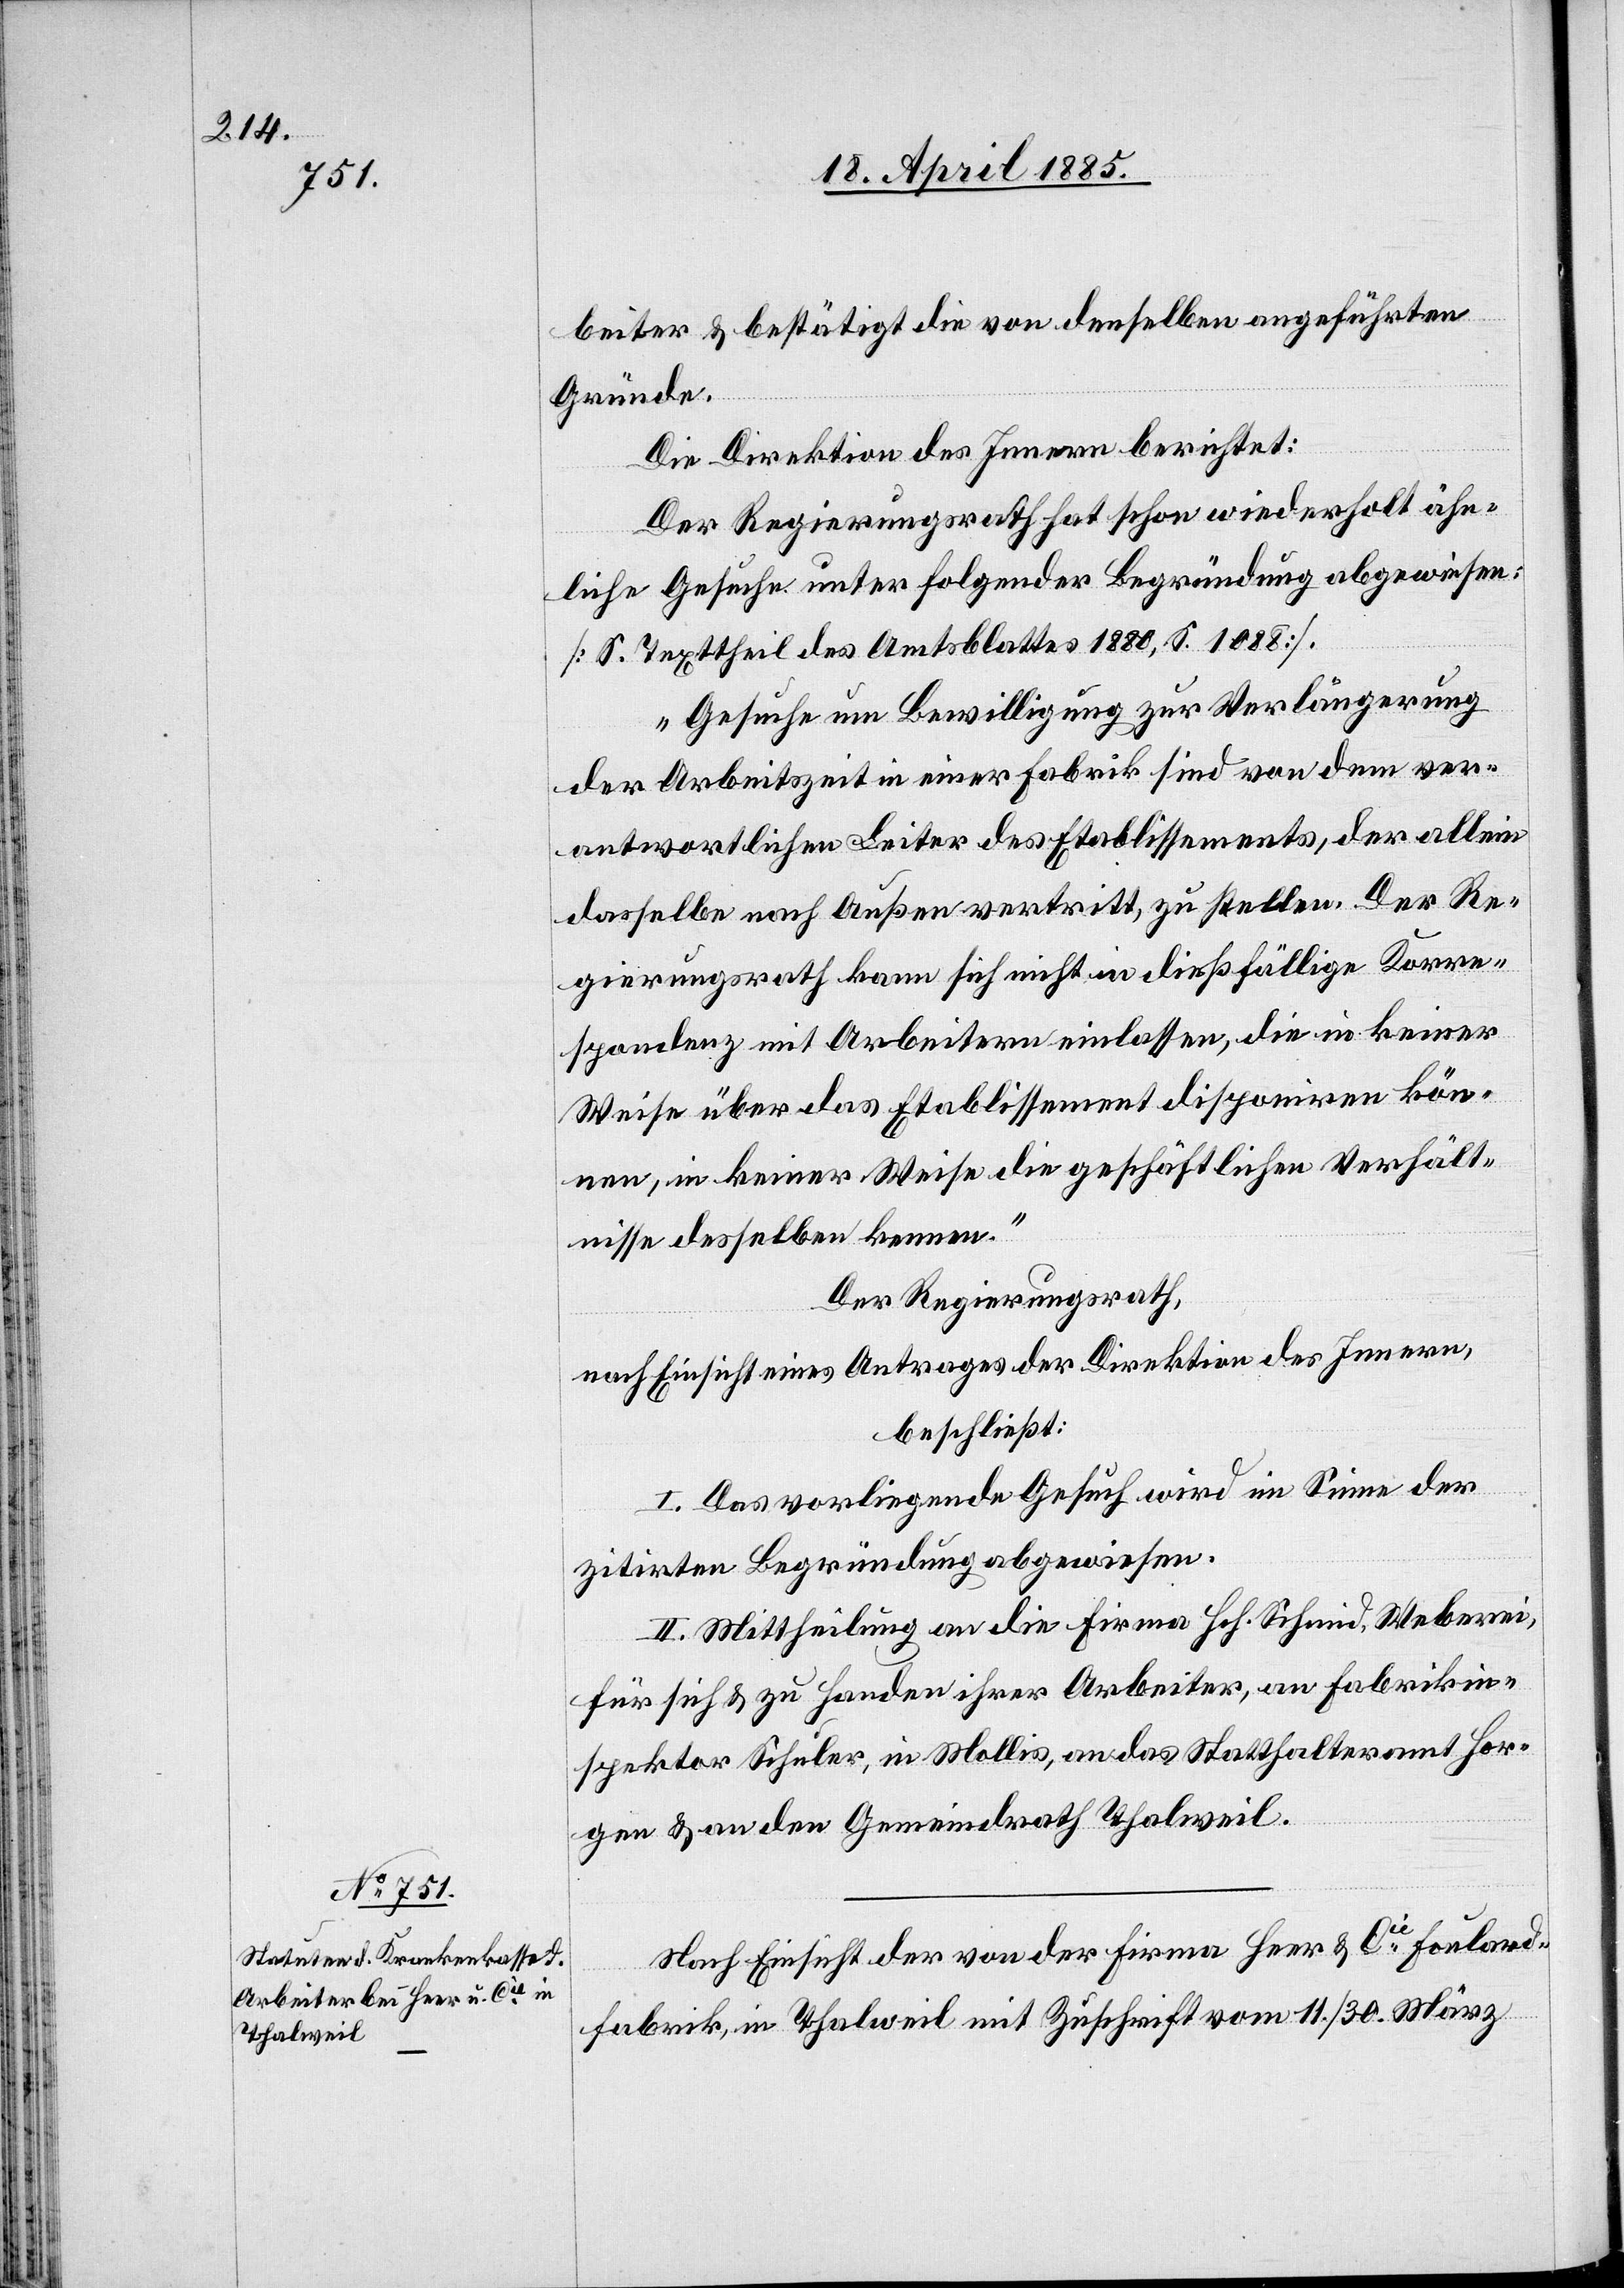
beiter & bestätigt die von denselben angeführten
Gründe.
Die Direktion des Innern berichtet:
Der Regierungsrath hat schon wiederholt ähn¬
liche Gesuche unter folgender Begründung abgewiesen:
[S. Texttheil des Amtsblattes 1880, S. 1088].
„Gesuche um Bewilligung zur Verlängerung
der Arbeitszeit in einer Fabrik sind von dem ver¬
antwortlichen Leiter des Etablissements, der allein
dasselbe nach Außen vertritt, zu stellen. Der Re¬
gierungsrath kann sich nicht in dießfällige Korre¬
spondenz mit Arbeitern einlassen, die in keiner
Weise über das Etablissement disponiren kön¬
nen, in keiner Weise die geschäftlichen Verhält¬
nisse desselben kennen.“
Der Regierungsrath,
nach Einsicht eines Antrages der Direktion des Innern,
beschließt:
I. Das vorliegende Gesuch wird im Sinne der
zitirten Begründung abgewiesen.
II. Mittheilung an die Firma Hch. Schmid, Weberei,
für sich & zu Handen ihrer Arbeiter, an Fabrikin¬
spektor Schuler, in Mollis, an das Statthalteramt Hor¬
gen & an den Gemeindrath Thalweil.
Nach Einsicht der von der Firma Heer & Cie Foulard¬
fabrik, in Thalweil mit Zuschrift vom 11./30. März